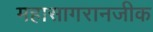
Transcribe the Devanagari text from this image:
महासागरानजीक